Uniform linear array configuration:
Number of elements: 64
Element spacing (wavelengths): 1
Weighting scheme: hamming
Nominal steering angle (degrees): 15
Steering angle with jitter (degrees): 13.123
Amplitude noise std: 0.05
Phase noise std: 0.05

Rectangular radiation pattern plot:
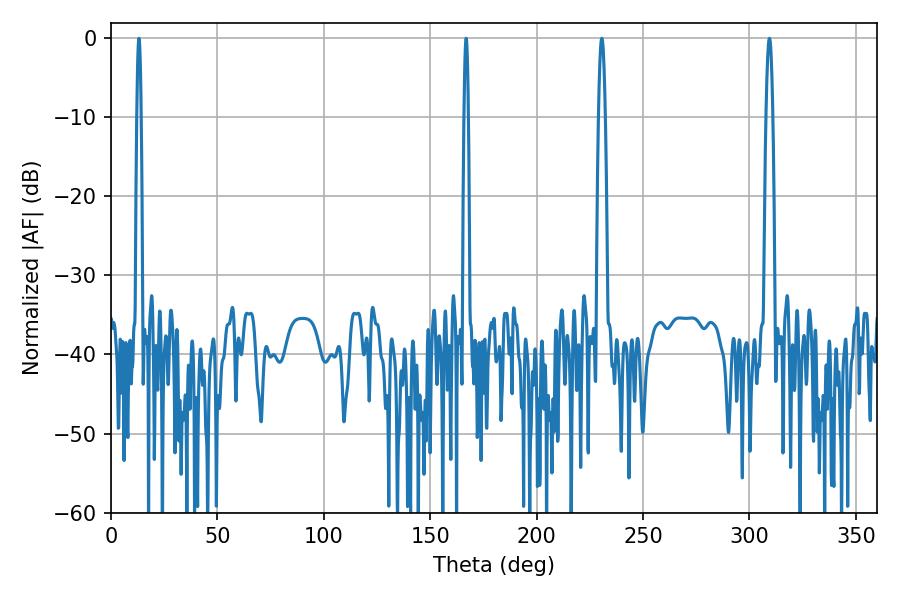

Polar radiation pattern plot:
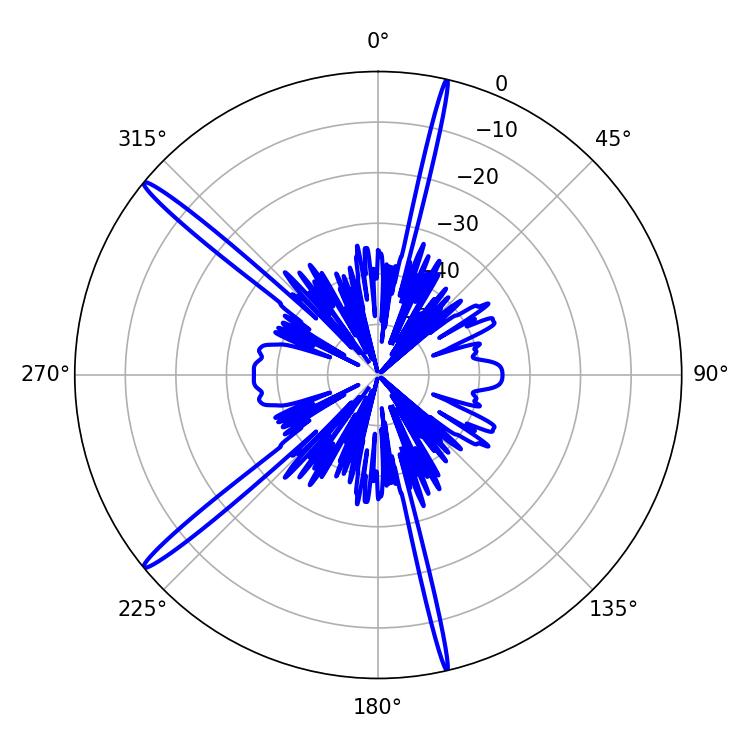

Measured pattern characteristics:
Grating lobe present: TRUE
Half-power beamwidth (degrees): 1.08
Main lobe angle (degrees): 13.14